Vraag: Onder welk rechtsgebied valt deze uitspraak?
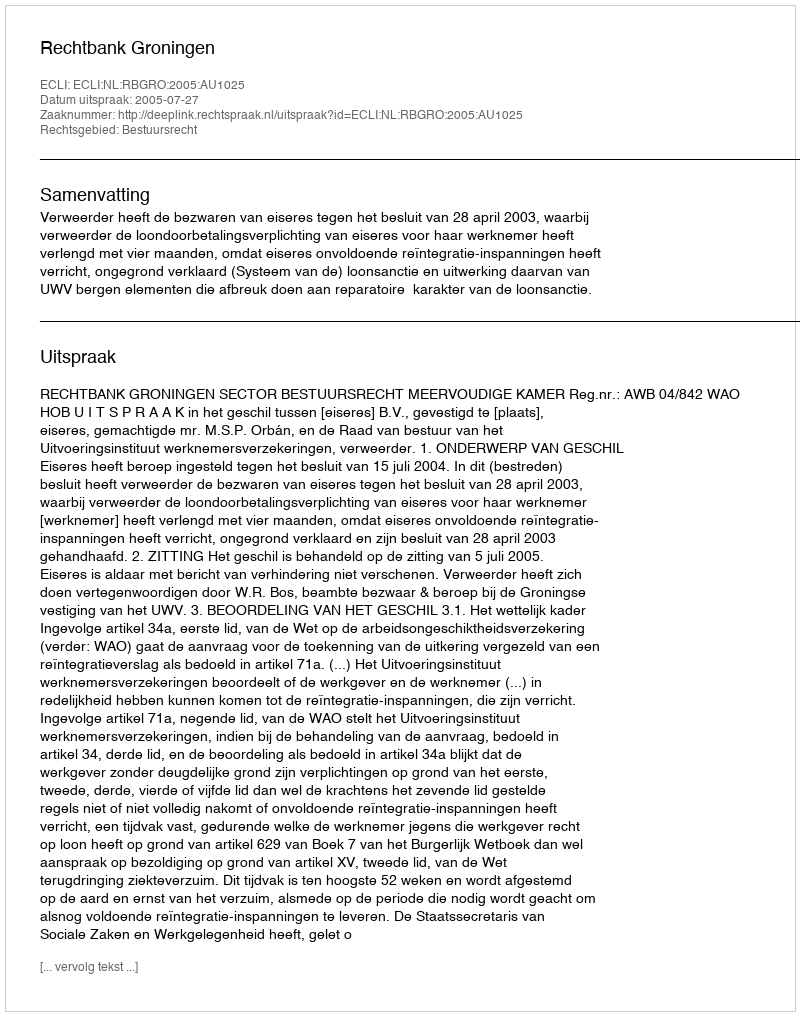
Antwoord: Bestuursrecht